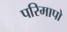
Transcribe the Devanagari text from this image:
परिमापो